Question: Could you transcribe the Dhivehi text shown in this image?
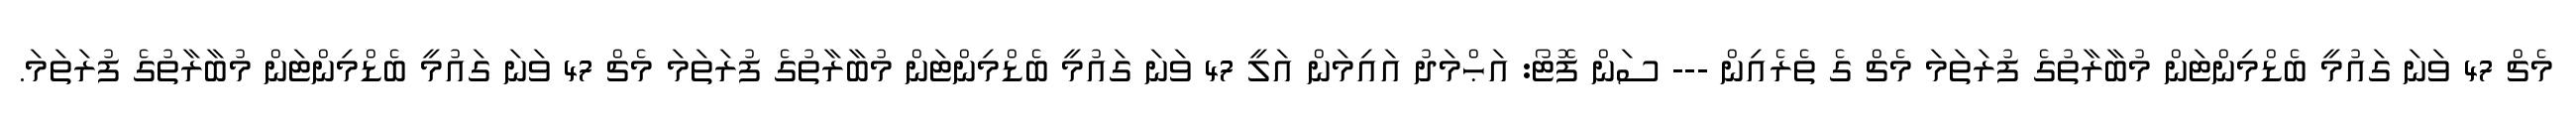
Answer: މެޗް 47 ވަނަ ގައުމީ ބެޑްމިންޓަން މުބާރާތުގެ ފުރަތަމަ މެޗް ގެ ތެރެއިން --- ސަން ފޮޓޯ: އަޙްމަދު އައިމަން އަލީ 47 ވަނަ ގައުމީ ބެޑްމިންޓަން މުބާރާތުގެ ފުރަތަމަ މެޗް 47 ވަނަ ގައުމީ ބެޑްމިންޓަން މުބާރާތުގެ ފުރަތަމަ.